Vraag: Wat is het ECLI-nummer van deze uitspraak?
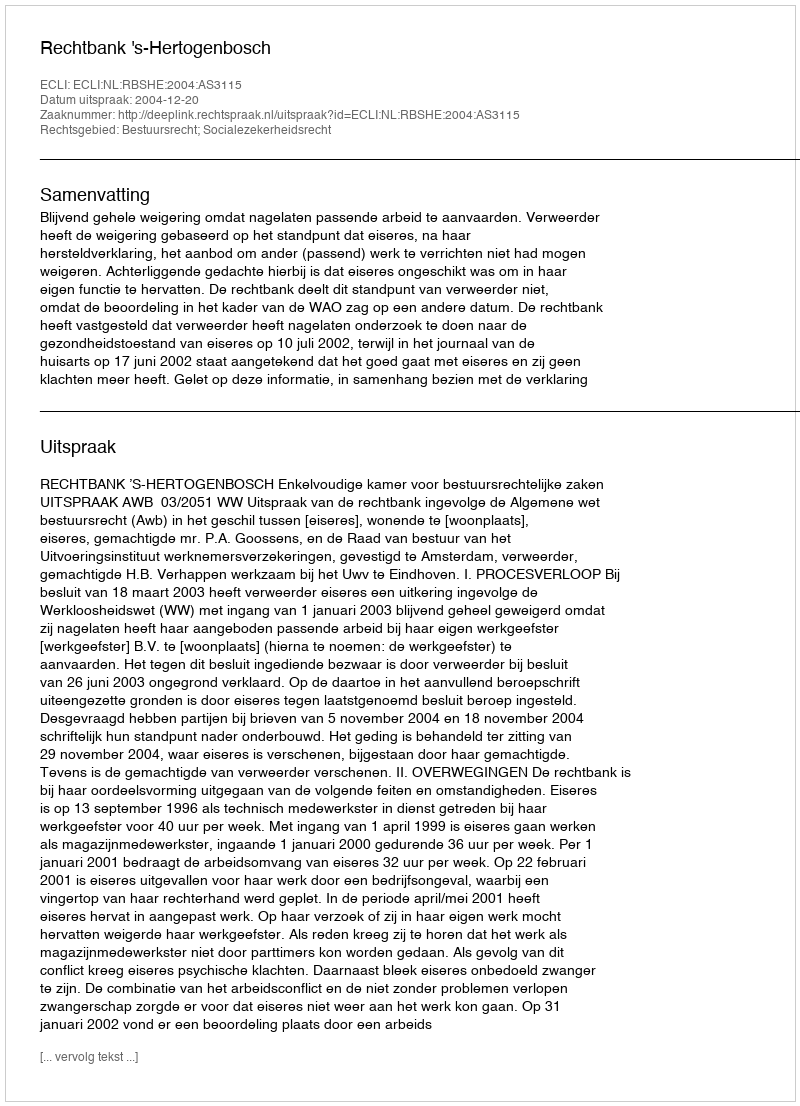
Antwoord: ECLI:NL:RBSHE:2004:AS3115